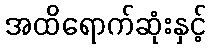
အထိရောက်ဆုံးနှင့်